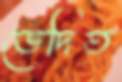
ভেদিত